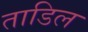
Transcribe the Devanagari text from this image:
ताडिल